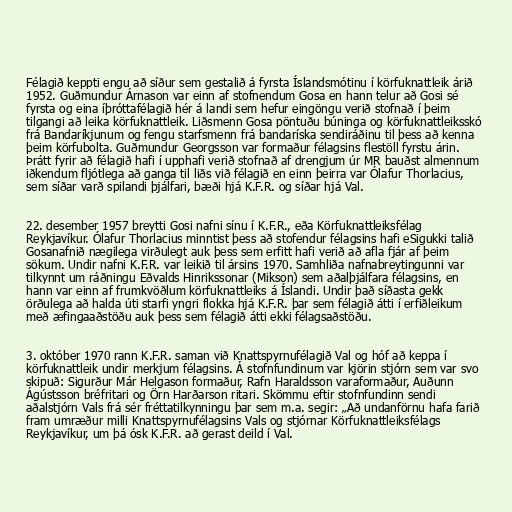
Félagið keppti engu að síður sem gestalið á fyrsta Íslandsmótinu í körfuknattleik árið
1952. Guðmundur Árnason var einn af stofnendum Gosa en hann telur að Gosi sé
fyrsta og eina íþróttafélagið hér á landi sem hefur eingöngu verið stofnað í þeim
tilgangi að leika körfuknattleik. Liðsmenn Gosa pöntuðu búninga og körfuknattleiksskó
frá Bandaríkjunum og fengu starfsmenn frá bandaríska sendiráðinu til þess að kenna
þeim körfubolta. Guðmundur Georgsson var formaður félagsins flestöll fyrstu árin.
Þrátt fyrir að félagið hafi í upphafi verið stofnað af drengjum úr MR bauðst almennum
iðkendum fljótlega að ganga til liðs við félagið en einn þeirra var Ólafur Thorlacius,
sem síðar varð spilandi þjálfari, bæði hjá K.F.R. og síðar hjá Val.

22. desember 1957 breytti Gosi nafni sínu í K.F.R., eða Körfuknattleiksfélag
Reykjavíkur. Ólafur Thorlacius minntist þess að stofendur félagsins hafi eSigukki talið
Gosanafnið nægilega virðulegt auk þess sem erfitt hafi verið að afla fjár af þeim
sökum. Undir nafni K.F.R. var leikið til ársins 1970. Samhliða nafnabreytingunni var
tilkynnt um ráðningu Eðvalds Hinrikssonar (Mikson) sem aðalþjálfara félagsins, en
hann var einn af frumkvöðlum körfuknattleiks á Íslandi. Undir það síðasta gekk
örðulega að halda úti starfi yngri flokka hjá K.F.R. þar sem félagið átti í erfiðleikum
með æfingaaðstöðu auk þess sem félagið átti ekki félagsaðstöðu.

3. október 1970 rann K.F.R. saman við Knattspyrnufélagið Val og hóf að keppa í
körfuknattleik undir merkjum félagsins. Á stofnfundinum var kjörin stjórn sem var svo
skipuð: Sigurður Már Helgason formaður, Rafn Haraldsson varaformaður, Auðunn
Ágústsson bréfritari og Örn Harðarson ritari. Skömmu eftir stofnfundinn sendi
aðalstjórn Vals frá sér fréttatilkynningu þar sem m.a. segir: „Að undanförnu hafa farið
fram umræður milli Knattspyrnufélagsins Vals og stjórnar Körfuknattleiksfélags
Reykjavíkur, um þá ósk K.F.R. að gerast deild í Val.